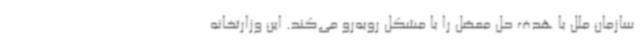
سازمان ملل با هدف حل معضل را با مشکل روبه‌رو می‌کند. این وزارتخانه